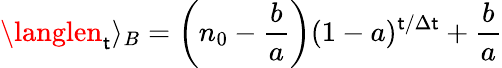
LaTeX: \langlen_{\mathsf{t}}\rangle_{B}=\left(n_{0}-\frac{{b}}{{a}}\right)(1-a)^{\mathsf{t}/\Delta\mathsf{t}}+\frac{{b}}{{a}}